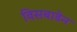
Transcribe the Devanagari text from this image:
विसबाडेन